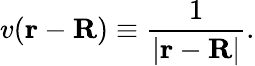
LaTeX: v(\mathbf{r}-\mathbf{R})\equiv{\frac{1}{|\mathbf{r}-\mathbf{R}|}}.